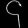
Digit: ၄